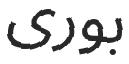
بورى